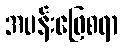
အပန်းဖြေစရာ